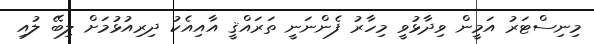
މިނިސްޓަރު އަމީން ވިދާޅުވީ މިހާރު ފެންނަނީ ތަރައްޤީ އާއިއެކު ދިރިއުޅުމަށް ލިބޭ ލުއި